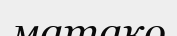
матако